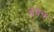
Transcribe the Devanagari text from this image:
डबेच